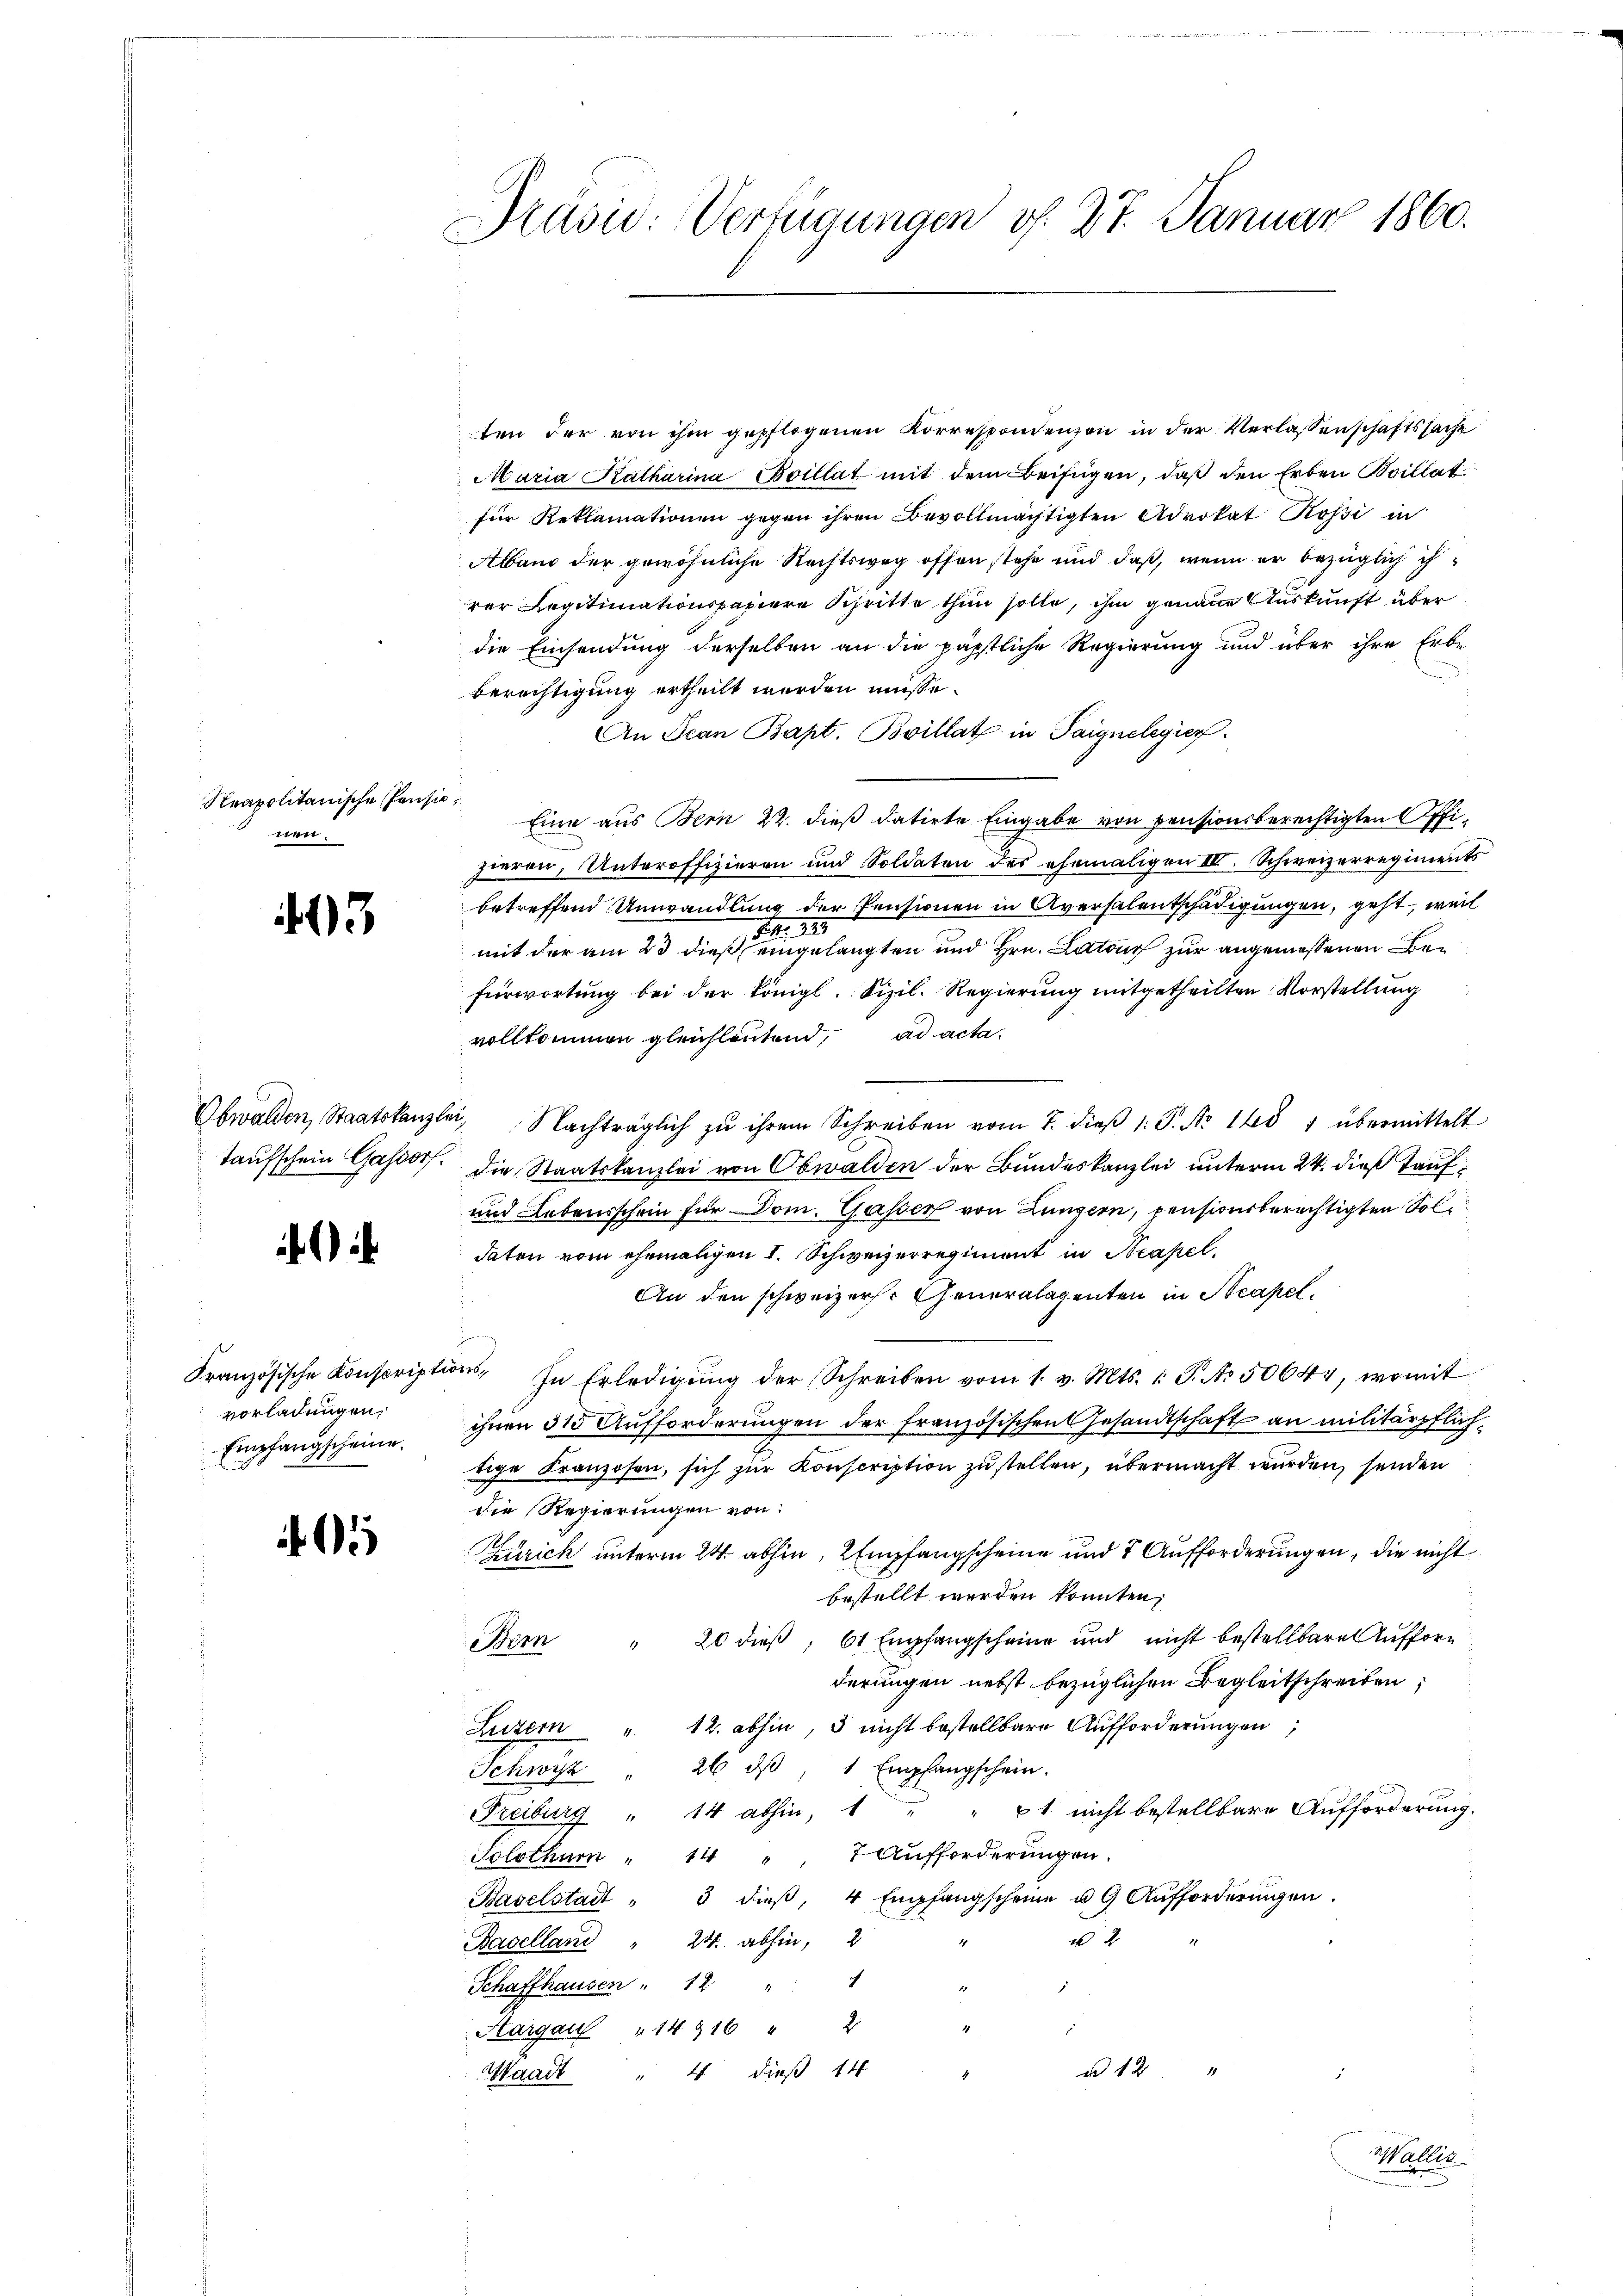
Neapolitanische Pensio
nen.

43

vorladungen,
Empfangscheine.

15

Präsid: Verfügungen v. 27. Januar 1860.

ten der von ihm gepflogenen Korrespondenzen in der Verlassenschaftssache
Maria Katharina Boillat mit dem Beifügen, daß den Erben Spillat
für Reklamationen gegen ihren Bevollmächtigten Advokat Rossi in
Alband der gewöhnliche Rechtsweg offen stehe und daß, wenn er bezüglich ih
rer Legitimationspapiere Schritte thun solle, ihm genaue Auskunft über
die Einsendung derselben an die päpstliche Regierung und über ihre Erbe-
Berechtigung ertheilt werden müsse.
An Jean Bapt. Boillat in Paignelegier
Eine aus Bern 22. dieß datirte Eingabe von pensionsberechtigten Offizieren, Unteroffizieren und Soldaten des ehemaligen III. Schweizerregiments
betreffend Umwandlung der Pensionen in Aversalentschädigungen, geht, weil
Nr. 323.
mit der am 23 dieß eingelangten und Hrn. Natur zur angemessenen Befürwortung bei der Königl. Sizil. Regierung mitgetheilten Vorstellung
vollkommen gleichleutend, ad acta.
Obwalden, Staatskanzlei Nachträglich zŭ ihrem Schreiben vom 7. dieβ 1: P. Nr. 18 1 übermittelt
taufschein Gasdorf. Die Staatskanzlei von Obwalden der Bundeskanzlei unterm 24. dieß Tauf¬
und Lebensschein für Dom. Gasser von Lungern, pensionsberechtigten Soldaten vom ehemaligen I. Schweizerregiment in Neapel.
An den schweizers. Generalagenten in Steapel.
Französische Konscriptions, In Erledigŭng der Schreiben vom 1. v. Mts. 1. P. No. 50644, womit
ihnen 31 Aufforderungen der französischen Gesandtschaft an militärpflichtige Franzosen, sich zur Konscription zu stellen, übermacht wurden, senden
die Regierungen von
Zürich unterm 24. abhin, 2 Empfangscheine und 7 Aufforderungen, die nicht
bestellt worden könnten,
20 dieß, 61 Empfangschring und nicht bestellbare Auffor¬
Bemn "
derungen nebst bezüglichen Begleitschreiben,
Luzern " 12. abhin, 3 nicht bestellbare Aufforderungen,
Schwyz " 26 dβ 1 Empfangschein.
Freiburg " 14 abhin, 1 " " 61. nicht bestellbare Aufforderung.
Solothurn " 14 " " 7 Aufforderŭngen.
Baselstadt " 3 dieβ, 4 Empfangscheine u. 9 Aŭfforderungen.
2
Baselland " 24. abhin, 2
Schaffhausen " 12 " " 1
z
2
Hargau " 14916 " 2
 12
Waadt " dieß 14 "
.

Waller